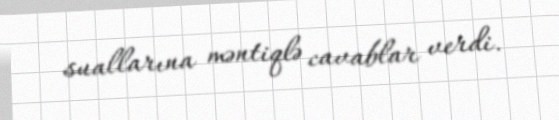
suallarına məntiqlə cavablar verdi.